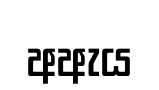
අඇය